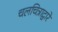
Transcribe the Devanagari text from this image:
चलचित्राद्वारे